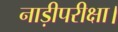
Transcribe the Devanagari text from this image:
नाड़ीपरीक्षा।